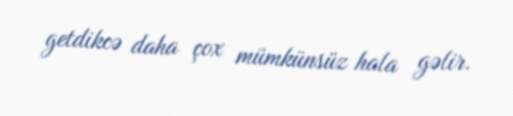
getdikcə daha çox mümkünsüz hala gəlir.